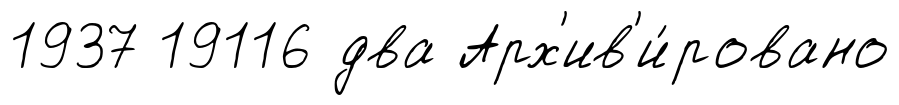
1937 19116 два Арх'ив'и́ровано